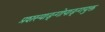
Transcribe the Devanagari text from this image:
प्रशस्याङ्‌गोपाङ्‌गयुक्त